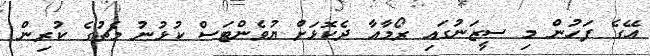
އޭގެ ފަހުން މި ސީޒަނުގައި ރޯމާއާ ދެކޮޅަށް ޔުވެންޓަސް ކުޅުނު މެޗުގެ ކުރިން